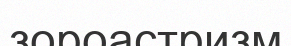
зороастризм